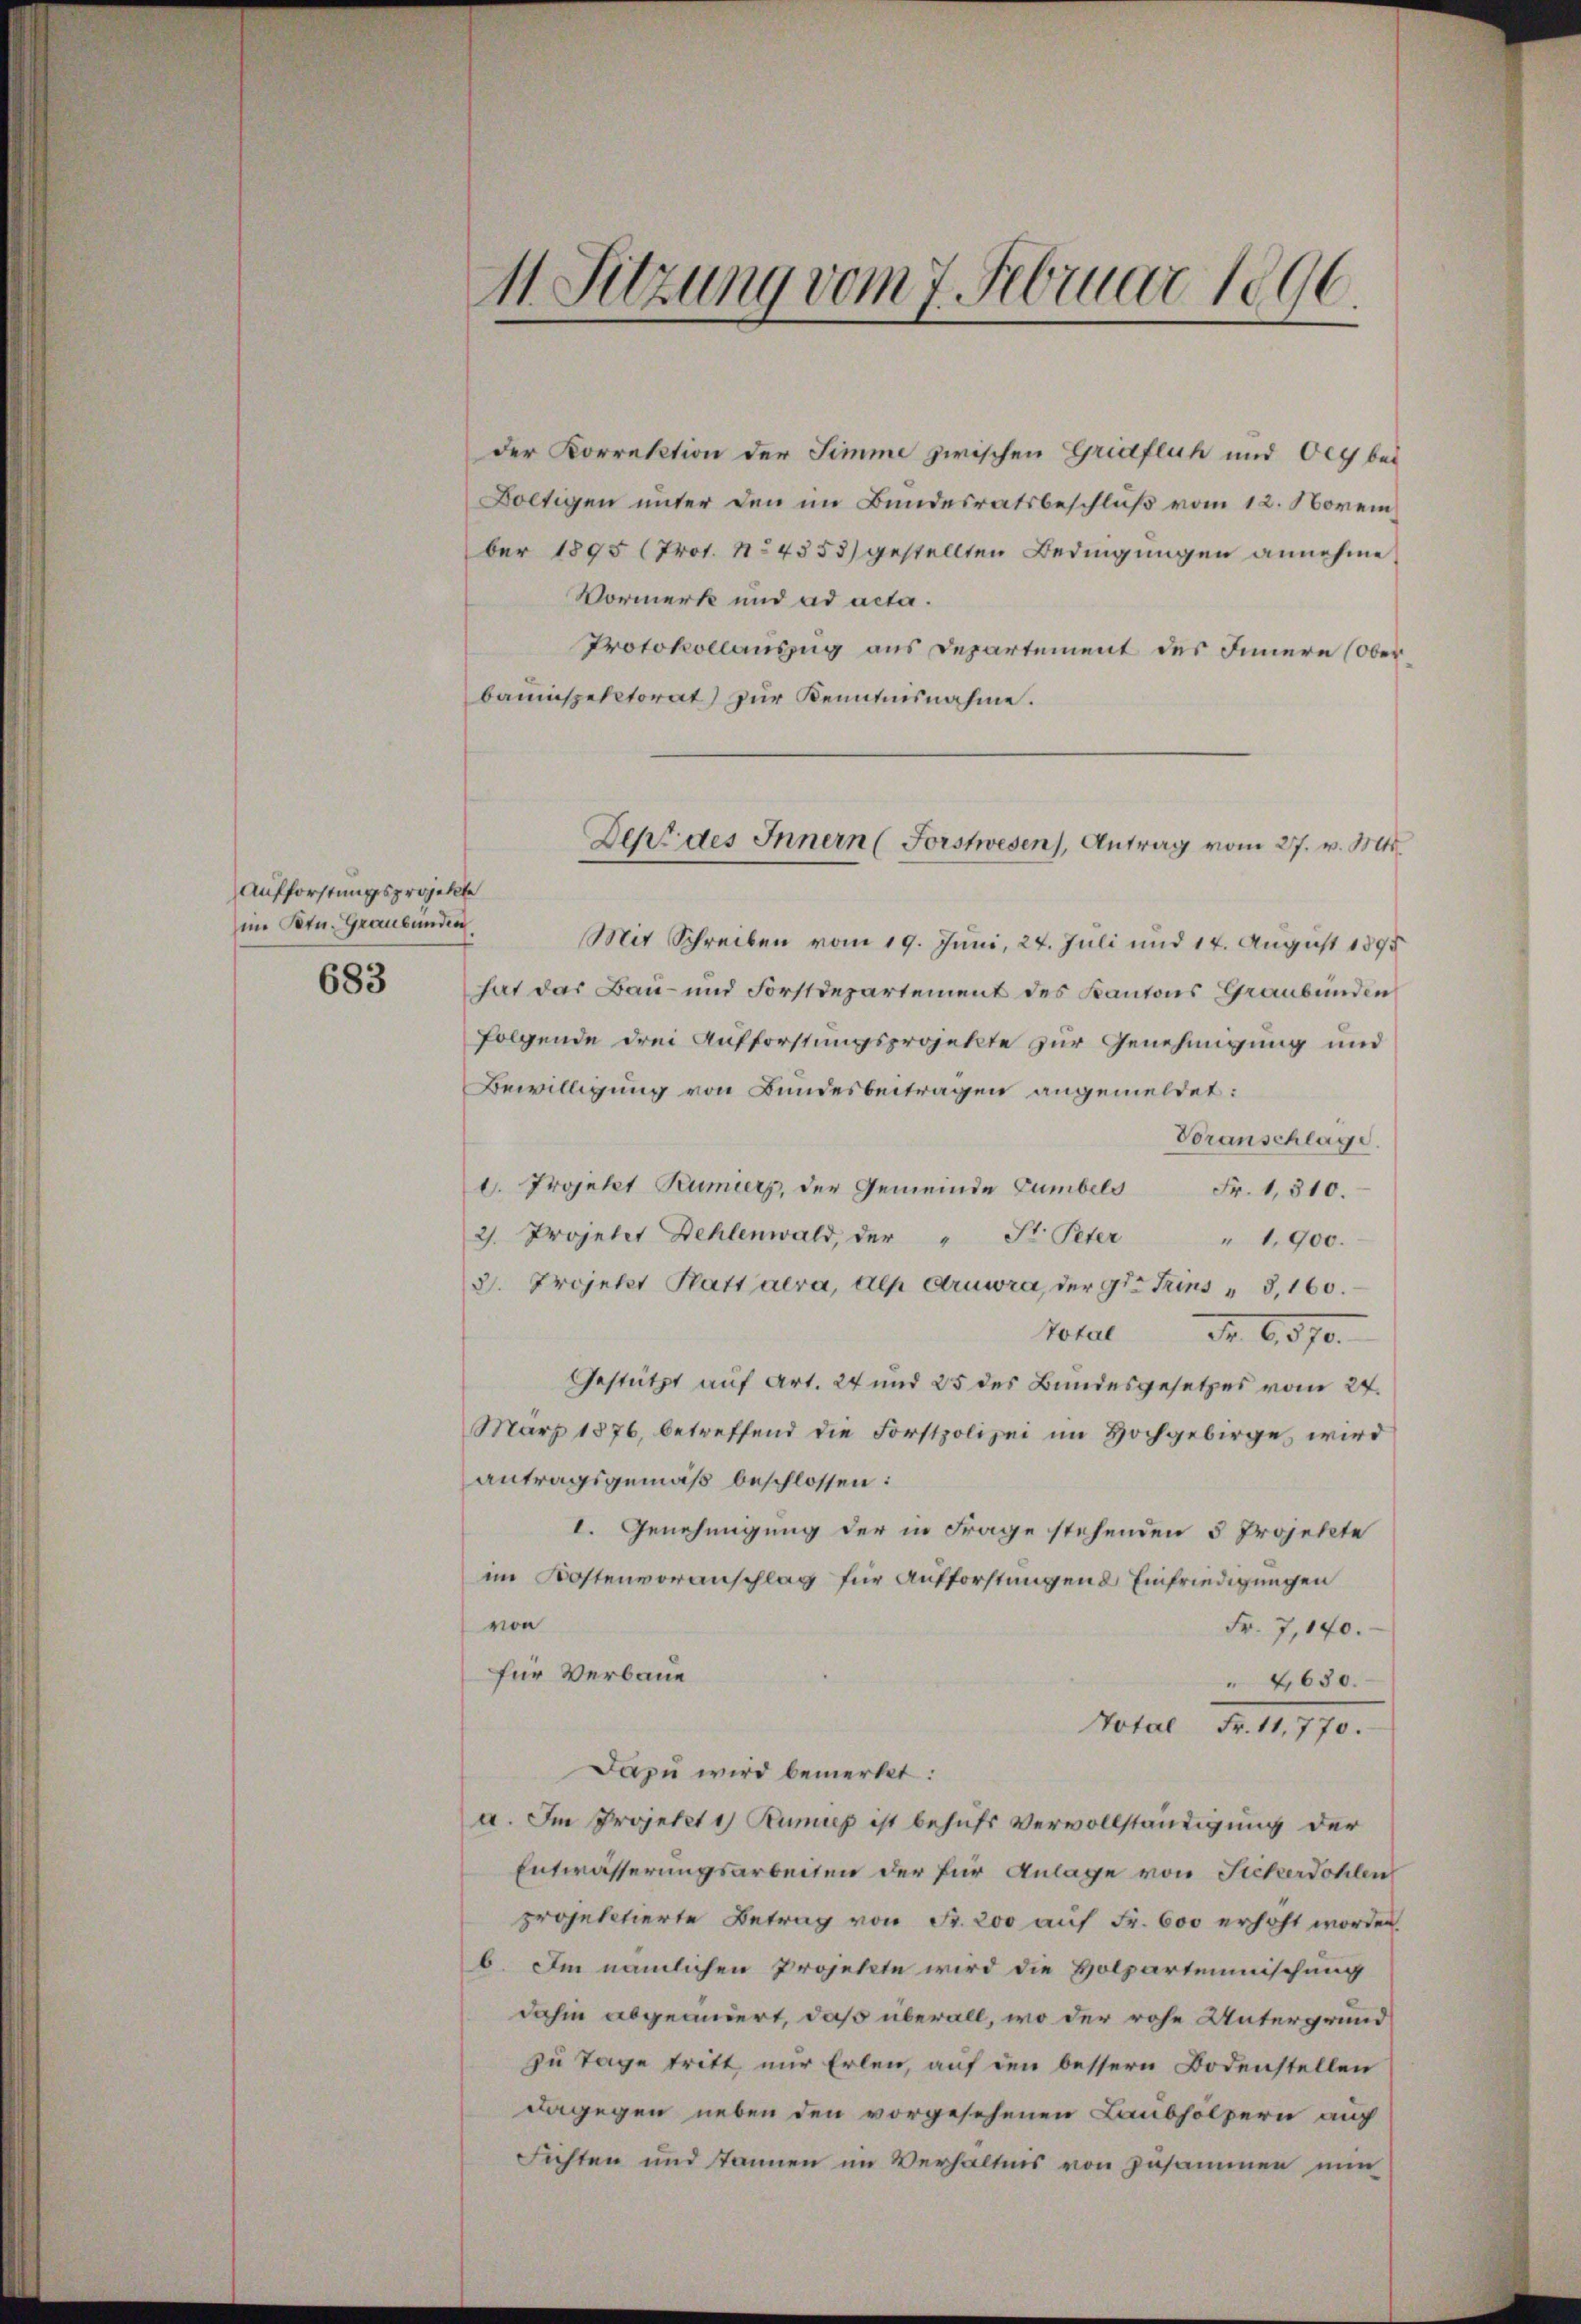
Aufforstungsprojekte
im Petr. Graubünden

683

M. Sitzung vom 7. Februar 1896.

der Korrektion der Simme zwischen Griaflich und Oly bei
Boltigen unter den im Bundesratsbeschluß vom 12. November 1895 (Prot. No 4353) gestellten Bedingungen annehme
Vormerk und ad acta.
Protokollauszug aus Departement des Innern (Oberbauinspektorat) zur Kenntnisnahme.
Mit Schreiben vom 19. Juni, 24. Juli und 14. August 1895
hat das Bau- und Forstdepartement des Kantons Graubünden
folgende drei Aufforstungsprojekte zur Genehmigung und
Bewilligung von Bundesbeitragen angemeldet:
Voranschläge
d. Projekt Rumiers, der Gemeinde Cumbels Fr. 1310.
2. Projetet Dehlenwald, der " St. Peter " 1.900.
3. Projekt Platt aera, Alp Aruwra, der 9ten Trins " 3, 160.
Total Nr. 6570.
Gestützt auf Art. 24 und 25 des Bundesgesetzes vom 24.
März 1876, betreffend die Forstpolizei im Hochgebirge wird
antragsgemäß beschlossen:
I. Genehmigung der in Frage stehenden 5 Projekte
im Kostenvoranschlag für Aufforstungend Einfriedigungen
von
Fr. 7,140.
für Verbaue
4650.
Total Fr. 11,770.
Dazu wird bemerkt:
a. Im Projetzt 1 Runup ist behufs Vervollständigung der
Entwässerungsarbeiten der für Anlage von Fickerdohlen
projektierte Betrag von Fr. 200 auf Fr. 600 erhöht worden.
b. Im nämlichen Projekte wird die Holzarteiischung
dahin abgeaniert, daß überall, wo der rohe Untergrund
zu Tage tritt nur Erlen, auf den bessern Bodenstellen
dagegen neben den vorgesehenen Laubhölzern auc
Fichten und kannen im Verhältnis von zusammen nun

Dent des Innern (Forstwesen), Antrag vom 27. v. Mts.